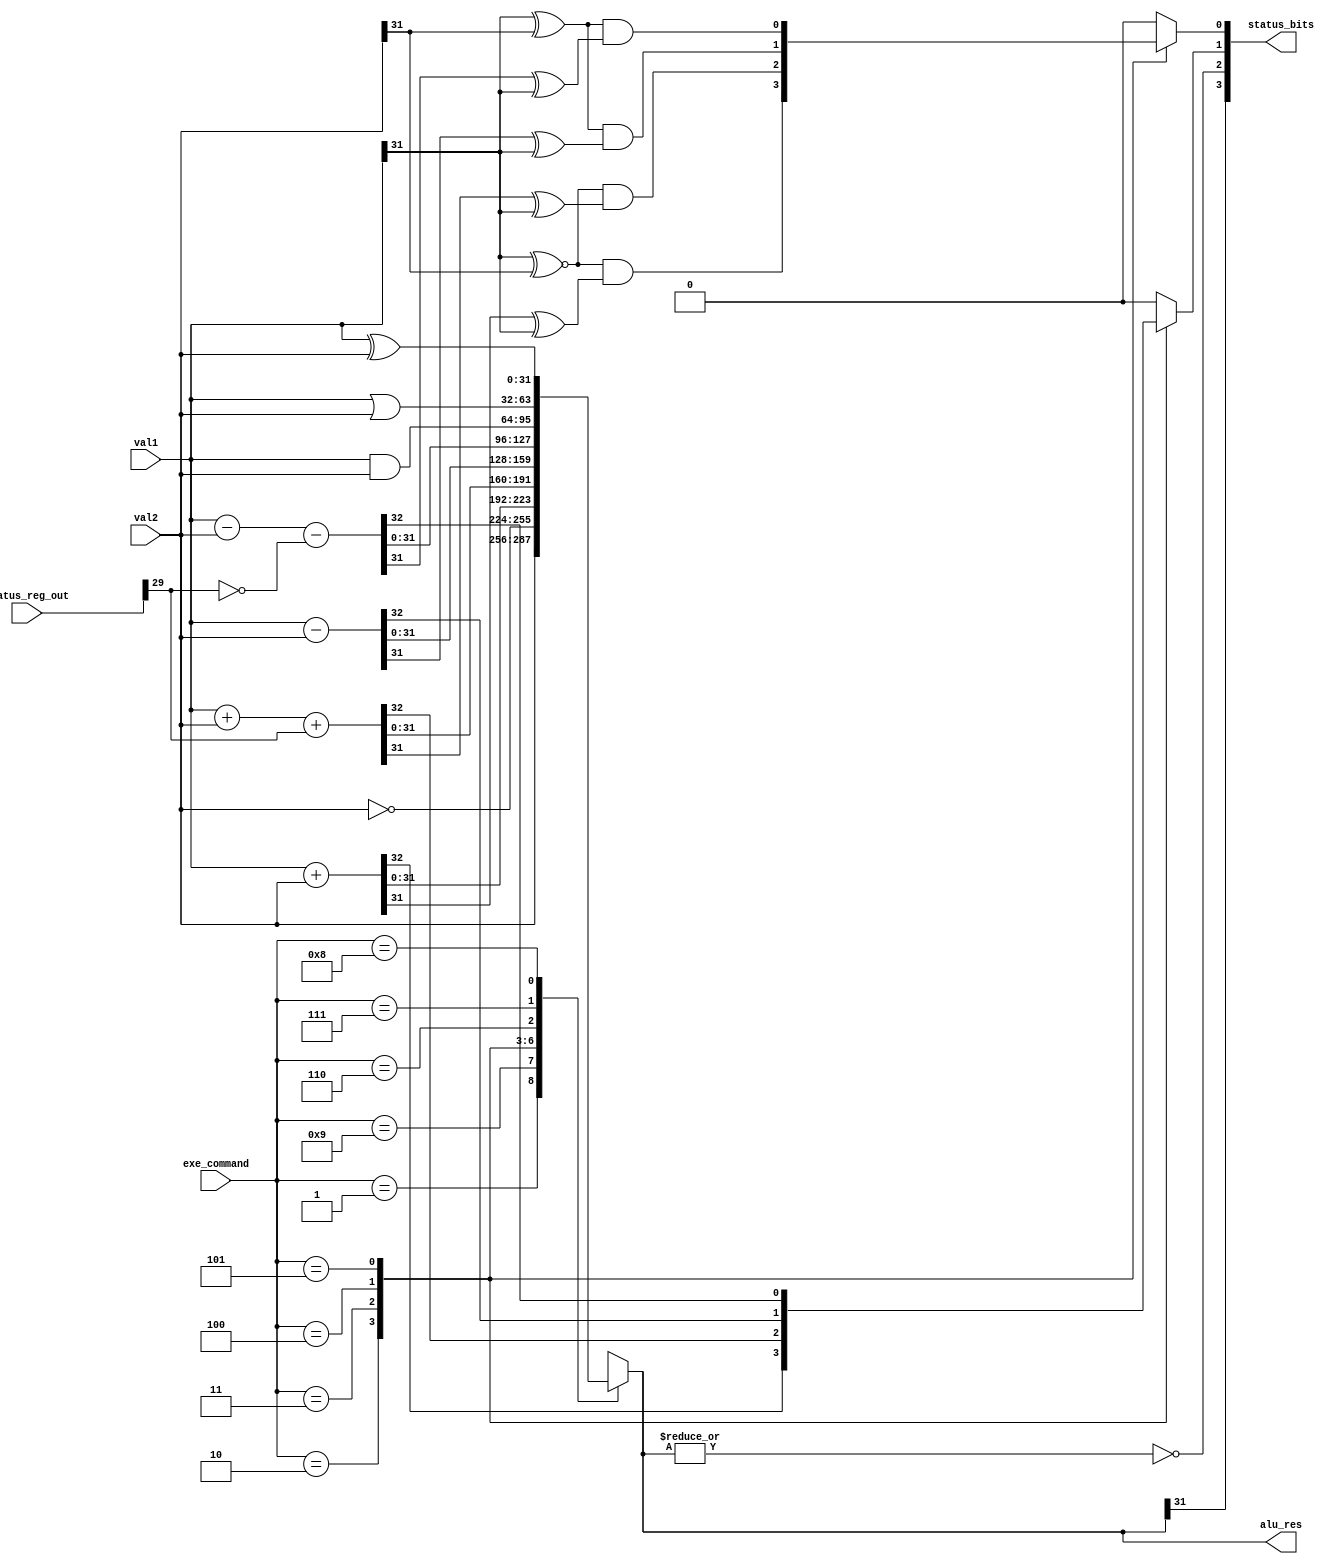
module ALU (
    input [3:0] exe_command,
    input signed [31:0] val1, val2,
    input [31:0] status_reg_out,
    output reg [3:0] status_bits,
    output reg signed [31:0]  alu_res
);

  reg Z_, N, V, C;

  always @(*) begin
    V = 1'b0;
    C = 1'b0;
    case (exe_command)
        4'b0001: alu_res = val2;  //MOV
        4'b1001: alu_res = ~val2; //MVN
        4'b0010: begin //ADD
          {C, alu_res} = val1 + val2; 
          V = (val1[31] ~^ val2[31]) && (alu_res[31] ^ val1[31]);
        end
        4'b0011: begin //ADC
          {C, alu_res} = val1 + val2 + {31'b0, status_reg_out[29]}; 
          V = (val1[31] ~^ val2[31]) && (alu_res[31] ^ val1[31]);
        end
        4'b0100: begin //SUB
          {C, alu_res} = val1 - val2; 
          V = (val1[31] ^ val2[31]) && (alu_res[31] ^ val1[31]);
        end
        4'b0101: begin //SBC
          {C, alu_res} = val1 - val2 - {31'b0, ~status_reg_out[29]}; 
          V = (val1[31] ^ val2[31]) && (alu_res[31] ^ val1[31]);
        end
        4'b0110: alu_res = val1 & val2; //AND
        4'b0111: alu_res = val1 | val2; //ORR
        4'b1000: alu_res = val1 ^ val2; //EOR
        4'b0100: begin
          {C, alu_res}= val1 - val2; //CMP
          V = (val1[31] ^ val2[31]) && (alu_res[31] ^ val1[31]);
        end
        4'b0110: alu_res = val1 & val2; //TST
        4'b0010: begin //LDR
          {C, alu_res} = val1 + val2; 
          V = (val1[31] ~^ val2[31]) && (alu_res[31] ^ val1[31]);
        end
        4'b0010: begin //STR
          {C, alu_res} = val1 + val2; 
          V = (val1[31] ~^ val2[31]) && (alu_res[31] ^ val1[31]);
        end
        default: alu_res = 32'bx;
    endcase
    N = alu_res[31];
    Z_ = ~(|alu_res) ;
    status_bits = {N, Z_, C, V};
  end
    
endmodule